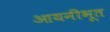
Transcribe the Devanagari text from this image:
आयनीभूत